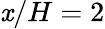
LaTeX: \mathit{x}/H=2